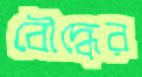
বৌদ্ধের